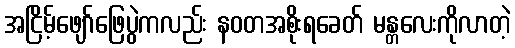
အငြိမ့်ဖျော်ဖြေပွဲကလည်း နဝတအစိုးရခေတ် မန္တလေးကိုလာတဲ့